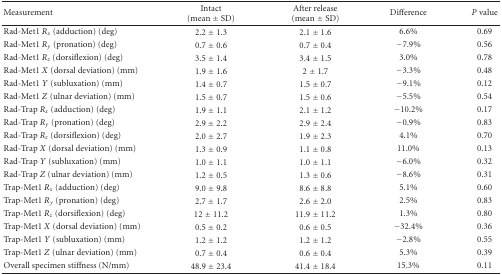
<table><thead><tr><td><b>Measurement</b></td><td><b>Intact (mean ± SD)</b></td><td><b>After release (mean ± SD)</b></td><td><b>Difference </b></td><td><b><i>P</i> value</b></td></tr></thead><tbody><tr><td>Rad-Met1 <i>R</i><sub><i>x</i></sub> (adduction) (deg)</td><td>2.2 ± 1.3</td><td>2.1 ± 1.6</td><td>6.6%</td><td>0.69</td></tr><tr><td>Rad-Met1 <i>R</i><sub><i>y</i></sub> (pronation) (deg)</td><td>0.7 ± 0.6</td><td>0.7 ± 0.4</td><td>−7.9%</td><td>0.56</td></tr><tr><td>Rad-Met1 <i>R</i><sub><i>z</i></sub> (dorsiflexion) (deg)</td><td>3.5 ± 1.4</td><td>3.4 ± 1.5</td><td>3.0%</td><td>0.78</td></tr><tr><td>Rad-Met1 <i>X</i> (dorsal deviation) (mm)</td><td>1.9 ± 1.6</td><td>2 ± 1.7</td><td>−3.3%</td><td>0.48</td></tr><tr><td>Rad-Met1 <i>Y</i> (subluxation) (mm)</td><td>1.4 ± 0.7</td><td>1.5 ± 0.7</td><td>−9.1%</td><td>0.12</td></tr><tr><td>Rad-Met1 <i>Z</i> (ulnar deviation) (mm)</td><td>1.5 ± 0.7</td><td>1.5 ± 0.6</td><td>−5.5%</td><td>0.54</td></tr><tr><td>Rad-Trap <i>R</i><sub><i>x</i></sub> (adduction) (deg)</td><td>1.9 ± 1.1</td><td>2.1 ± 1.2</td><td>−10.2%</td><td>0.17</td></tr><tr><td>Rad-Trap <i>R</i><sub><i>y</i></sub> (pronation) (deg)</td><td>2.9 ± 2.2</td><td>2.9 ± 2.4</td><td>−0.9%</td><td>0.83</td></tr><tr><td>Rad-Trap <i>R</i><sub><i>z</i></sub> (dorsiflexion) (deg)</td><td>2.0 ± 2.7</td><td>1.9 ± 2.3</td><td>4.1%</td><td>0.70</td></tr><tr><td>Rad-Trap <i>X</i> (dorsal deviation) (mm)</td><td>1.3 ± 0.9</td><td>1.1 ± 0.8</td><td>11.0%</td><td>0.13</td></tr><tr><td>Rad-Trap <i>Y</i> (subluxation) (mm)</td><td>1.0 ± 1.1</td><td>1.0 ± 1.1</td><td>−6.0%</td><td>0.32</td></tr><tr><td>Rad-Trap <i>Z</i> (ulnar deviation) (mm)</td><td>1.2 ± 0.5</td><td>1.3 ± 0.6</td><td>−8.6%</td><td>0.31</td></tr><tr><td>Trap-Met1 <i>R</i><sub><i>x</i></sub> (adduction) (deg)</td><td>9.0 ± 9.8</td><td>8.6 ± 8.8</td><td>5.1%</td><td>0.60</td></tr><tr><td>Trap-Met1 <i>R</i><sub><i>y</i></sub> (pronation) (deg)</td><td>2.7 ± 1.7</td><td>2.6 ± 2.0</td><td>2.5%</td><td>0.83</td></tr><tr><td>Trap-Met1 <i>R</i><sub><i>z</i></sub> (dorsiflexion) (deg)</td><td>12 ± 11.2</td><td>11.9 ± 11.2</td><td>1.3%</td><td>0.80</td></tr><tr><td>Trap-Met1 <i>X</i> (dorsal deviation) (mm)</td><td>0.5 ± 0.2</td><td>0.6 ± 0.5</td><td>−32.4%</td><td>0.36</td></tr><tr><td>Trap-Met1 <i>Y</i> (subluxation) (mm)</td><td>1.2 ± 1.2</td><td>1.2 ± 1.2</td><td>−2.8%</td><td>0.55</td></tr><tr><td>Trap-Met1 <i>Z</i> (ulnar deviation) (mm)</td><td>0.7 ± 0.4</td><td>0.6 ± 0.4</td><td>5.3%</td><td>0.39</td></tr><tr><td>Overall specimen stiffness (N/mm)</td><td>48.9 ± 23.4</td><td>41.4 ± 18.4</td><td>15.3%</td><td>0.11</td></tr></tbody></table>